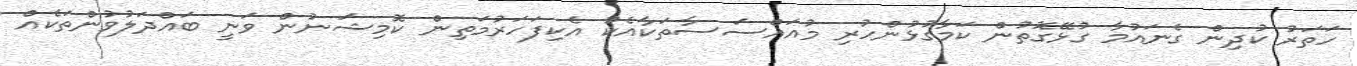
ހަތަރު ކުދިން ގެނައުމާ ގުޅޭގޮތުން ކަމާގުޅުންހުރި މުއައްސަސާތަކާއެކު އެކިފަހަރުމަތިން ކޮމިޝަނުން ވަނީ ބައްދަލުވުންތަކެއް